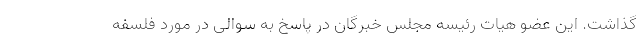
گذاشت. این عضو هیات رئیسه مجلس خبرگان در پاسخ به سوالی در مورد فلسفه